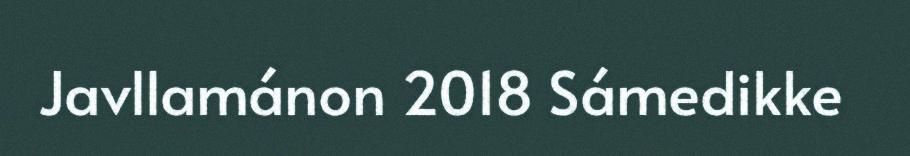
Javllamánon 2018 Sámedikke